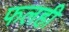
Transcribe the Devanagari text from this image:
फलही